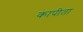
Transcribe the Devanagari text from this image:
कापीता